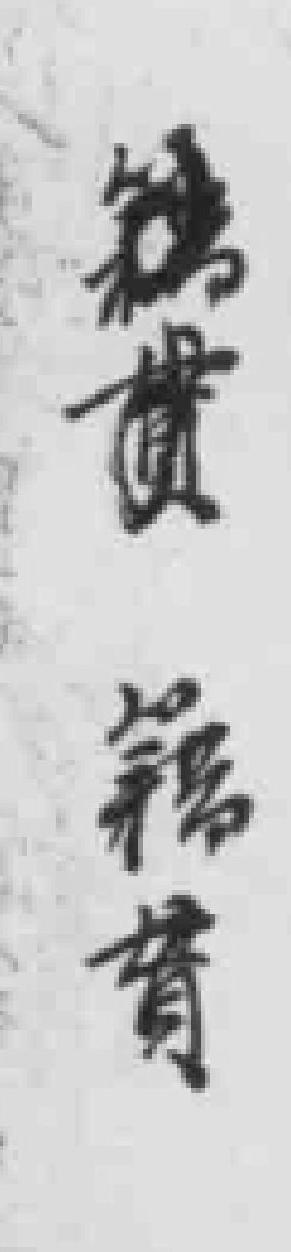
德貫籍贯